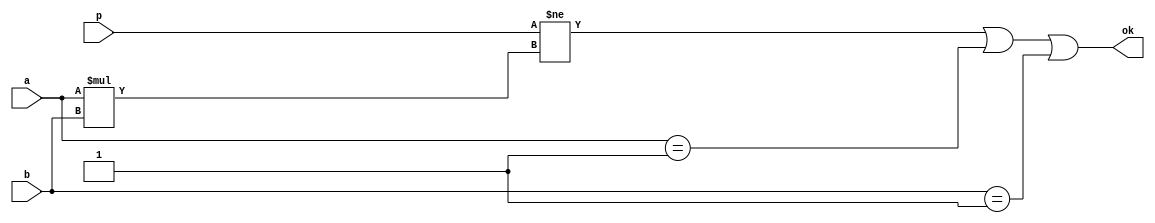
module primetest(p, a, b, ok);
input [15:0] p, a, b;
output ok = p != a*b || a == 1 || b == 1;
endmodule